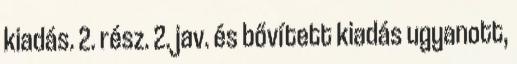
kiadás. 2. rész. 2. jav. és bővített kiadás ugyanott,